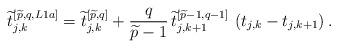
LaTeX: \begin{align*}\widetilde{t}_{j,k}^{\left[\widetilde{p},q,L1a\right]} = \widetilde{t}_{j,k}^{\left[\widetilde{p},q\right]} +{q \over \widetilde{p}-1}\,\widetilde{t}_{j,k+1}^{\left[\widetilde{p}-1,q-1\right]}\,\left(t_{j,k}-t_{j,k+1}\right).\end{align*}